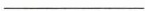
___